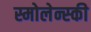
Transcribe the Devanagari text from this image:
स्मोलेन्स्की